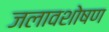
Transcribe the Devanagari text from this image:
जलावशोषण